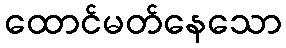
ထောင်မတ်နေသော